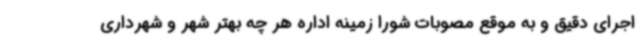
اجرای دقیق و به موقع مصوبات شورا زمینه اداره هر چه بهتر شهر و شهرداری